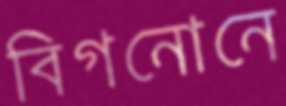
বিগনোনে